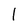
Character: l